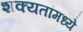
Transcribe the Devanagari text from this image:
शक्यतांमध्ये